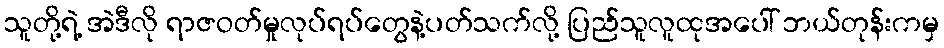
သူတို့ရဲ့ အဲဒီလို ရာဇဝတ်မှုလုပ်ရပ်တွေနဲ့ပတ်သက်လို့ ပြည်သူလူထုအပေါ် ဘယ်တုန်းကမှ